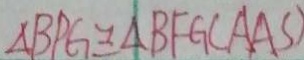
\Delta B P G \cong \Delta B F G ( A A S )